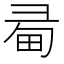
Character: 𢑜